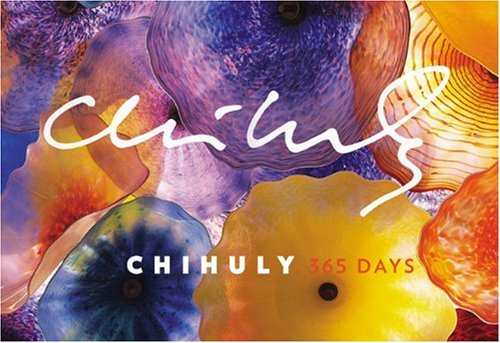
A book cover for Chihuly: 365 Days; Dale Chihuly; Arts & Photography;